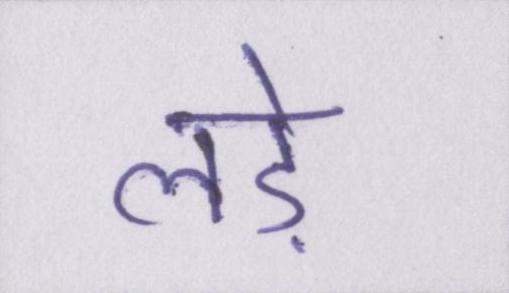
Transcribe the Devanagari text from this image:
लड़े